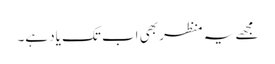
مجھے یہ منظر بھی اب تک یاد ہے۔